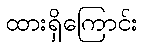
ထားရှိကြောင်း